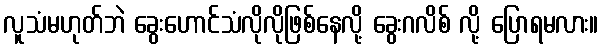
လူသံမဟုတ်ဘဲ ခွေးဟောင်သံလိုလိုဖြစ်နေလို့ ခွေးဂလိစ် လို့ ပြောရမလား။